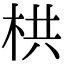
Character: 栱